65_HS1-834228961_62-HQ-83894_Section_5
Agency: FBI
Page 89
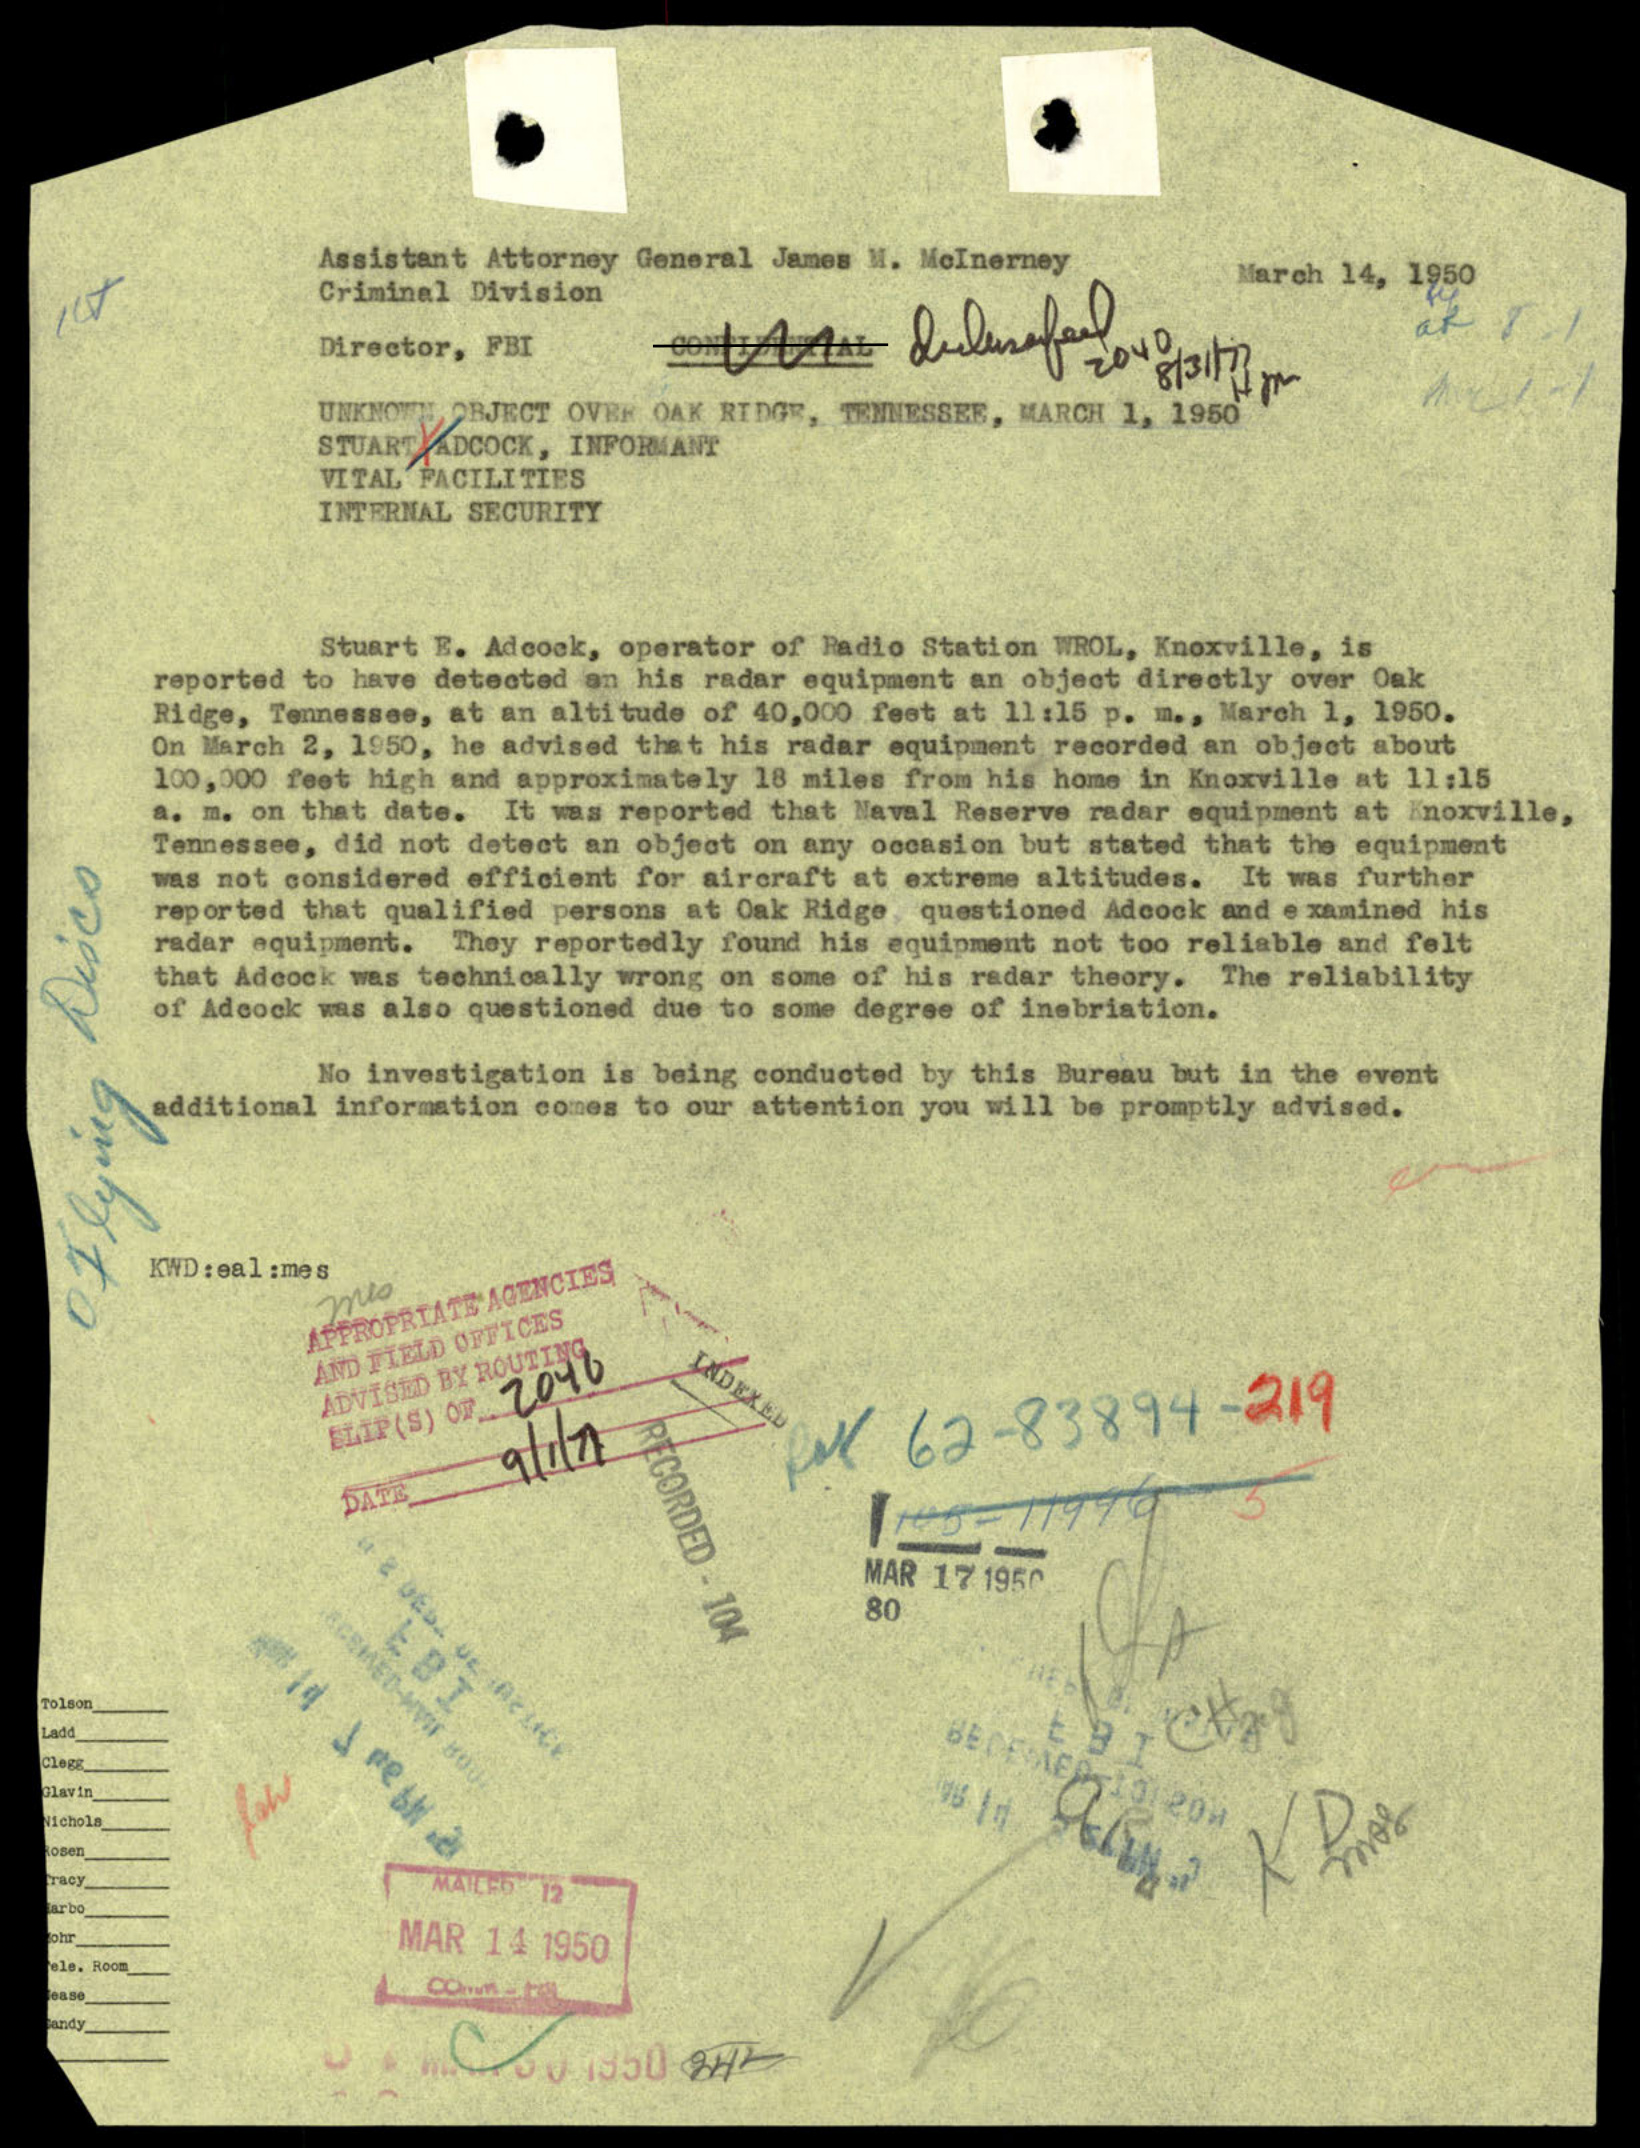